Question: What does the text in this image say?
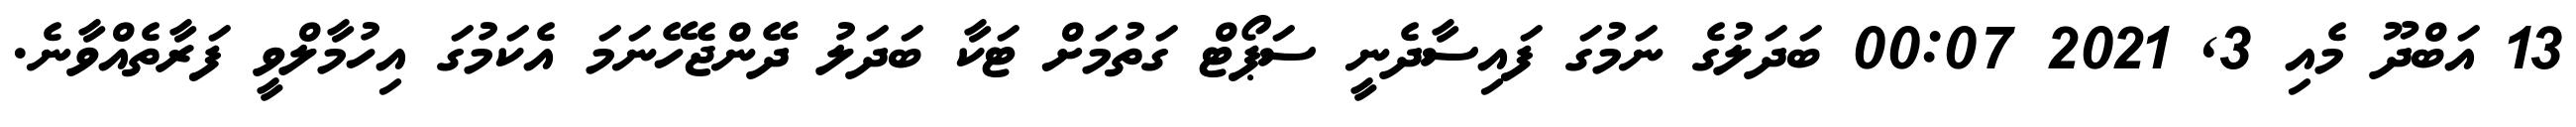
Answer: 13 އަބްދޫ މެއި 3, 2021 00:07 ބަދަލުގެ ނަމުގަ ފައިސާދެނީ ސަޕޯޓް ގަތުމަށް ޓަކާ ބަދަލު ދޭންޖެހޭނަމަ އެކަމުގަ އިހުމާލްވީ ފަރާތެއްވާނެ.